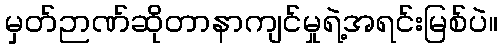
မှတ်ဉာဏ်ဆိုတာနာကျင်မှုရဲ့အရင်းမြစ်ပဲ။